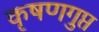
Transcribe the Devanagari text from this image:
कृषणगुप्त